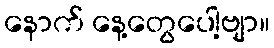
နောက် နေ့တွေပေါ့ဗျာ။